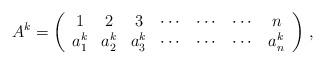
LaTeX: \begin{align*}A^k = \left( {\begin{array}{*{20}c} 1 & 2 & 3 & \cdots & \cdots & \cdots & n \\ {a_1^k } & {a_2^k } & {a_3^k } & \cdots & \cdots & \cdots & {a_n^k } \\\end{array}} \right)\,,\end{align*}